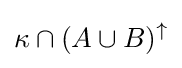
\kappa \cap (A\cup B)^{\uparrow }